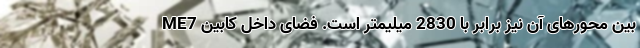
بین محورهای آن نیز برابر با 2830 میلیمتر است. فضای داخل کابین ME7